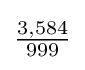
{\tfrac {3,584}{999}}